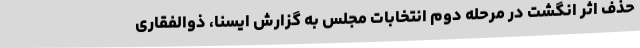
حذف اثر انگشت در مرحله دوم انتخابات مجلس به گزارش ایسنا، ذوالفقاری